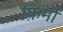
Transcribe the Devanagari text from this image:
फ़िमों